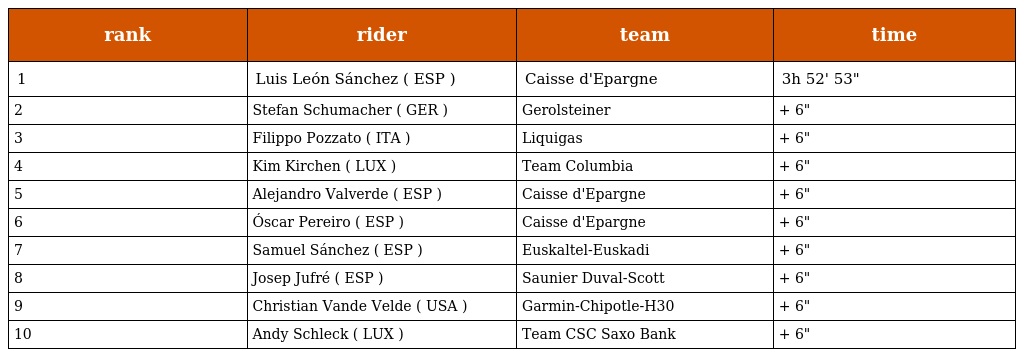
| rank | rider | team | time |
 | --- | --- | --- | --- |
 | 1 | Luis León Sánchez ( ESP ) | Caisse d'Epargne | 3h 52' 53" |
 | 2 | Stefan Schumacher ( GER ) | Gerolsteiner | + 6" |
 | 3 | Filippo Pozzato ( ITA ) | Liquigas | + 6" |
 | 4 | Kim Kirchen ( LUX ) | Team Columbia | + 6" |
 | 5 | Alejandro Valverde ( ESP ) | Caisse d'Epargne | + 6" |
 | 6 | Óscar Pereiro ( ESP ) | Caisse d'Epargne | + 6" |
 | 7 | Samuel Sánchez ( ESP ) | Euskaltel-Euskadi | + 6" |
 | 8 | Josep Jufré ( ESP ) | Saunier Duval-Scott | + 6" |
 | 9 | Christian Vande Velde ( USA ) | Garmin-Chipotle-H30 | + 6" |
 | 10 | Andy Schleck ( LUX ) | Team CSC Saxo Bank | + 6" |